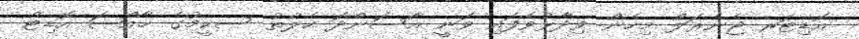
އޮޑިޓަރ ޖެނެރަލް މިހެން ވިދާޅުވެފައި ވަނީ އާސަންދަ ހެލްތު ސކީމުގެ ޚާއްޞަ އޮޑިޓް